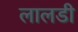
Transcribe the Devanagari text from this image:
लालडी